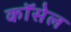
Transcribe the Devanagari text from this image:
कॉसेल